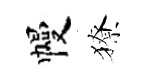
幔獠